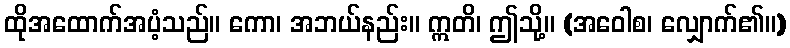
ထိုအထောက်အပံ့သည်။ ကော၊ အဘယ်နည်း။ ဣတိ၊ ဤသို့။ (အဝေါစ၊ လျှောက်၏။)